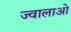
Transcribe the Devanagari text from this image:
ज्वालाओ